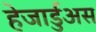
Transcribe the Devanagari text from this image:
हेजार्डुअस